Vaccination North-Western Provinces 1866-1877 - 1866-1877
Year: 1866
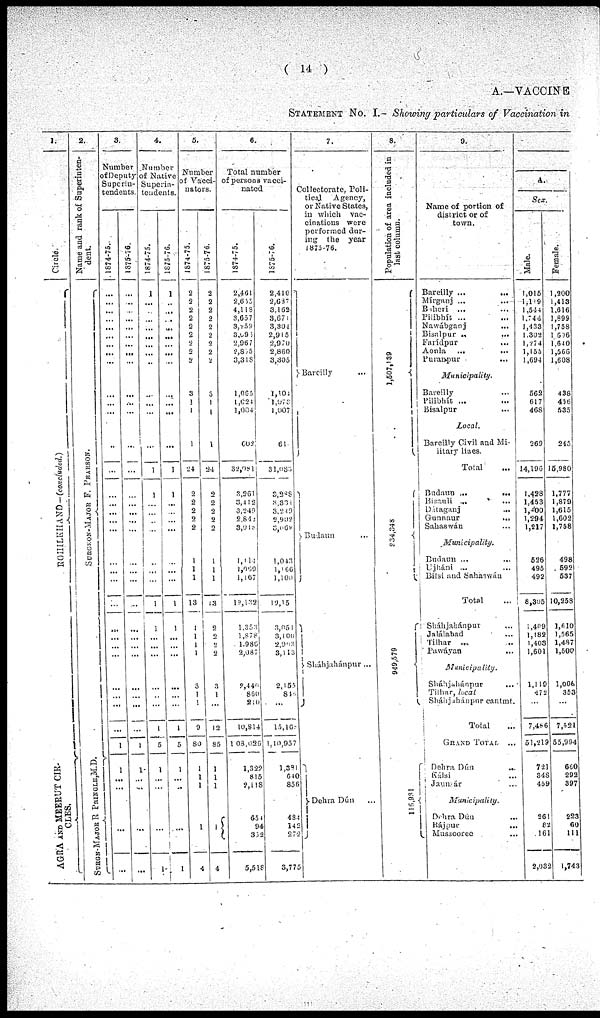
( 14 )
A.— VACCINE
STATEMENT No. I.— Showing particulars of Vaccination in
1.
Circle
ROHILKHUND—
(concluded.)
AGRA AND MEERUT CIR-
CLES.
2.
Name and rank of Superinten-
dent.
SURGEON-MAJOR F. PEARSON.
SURGN-MAJOR R PRINGLE,M.D.
3.
Number
of Deputy
Superin-
tendents.
1874-75.
...
...
...
...
...
...
...
...
...
...
...
...
...
...
...
...
...
...
...
...
...
...
...
...
...
...
...
...
...
...
...
1
1
...
...
...
...
...
...
1875-76
...
...
...
...
...
...
...
...
...
...
...
...
...
...
...
...
...
...
...
...
...
...
...
...
...
...
...
...
...
...
...
1
1
...
...
...
...
...
...
4.
Number
of Native
Superin¬
tendents.
1874-75.
1
...
...
...
...
...
...
...
...
...
...
...
1
1
...
...
...
...
...
...
...
1
1
...
...
...
...
...
...
1
5
1
...
...
...
...
...
1
1875-76.
1
...
...
...
...
...
...
...
...
...
...
...
...
1
1
...
...
...
...
...
...
...
1
1
...
...
...
...
...
...
1
5
1
... ...
...
...
...
1
5.
Number
of Vacci¬
nators.
1874-75.
2
2
2
2
2
2
2
2
2
3
1
1
1
24
2
2
2
2
2
1
1
1
13
1
1
1
1
3
1
1
9
80
1
1
1
...
1
...
4
1875-76.
2
2
2
2
2
2
2
2
2
3
1
1
1
24
2
2
2
2
2
1
1
1
13
2
2
2
2
3
1
...
12
85
1
1
1
...
1
...
4
6.
Total number
of persons vacci-
nated.
1874-75.
2,461
2,655
4,118
3,657
3,259
3,096
2,967
2,865
3,318
1,065
1,024
1,004
602
32,081
3,261
3,452
3,249
2,842
3,018
1,114
1,069
1,167
19,132
1,353
1,878
1,986
2,087
2,440
860
210
10,814
1,08,026
1,322
815
2,118
654
94
352
5,518
1875-76.
2,410
2,637
3,162
3,671
3,304
2,915
2,970
2,860
3,305
1,104
1,078
1,007
61
31,083
3,288
3,334
3,249
2,902
3,069
1,043
1,166
1,100
19,151
3,051
3,100
2,903
3,113
2,155
816
...
15,168
1,10,957
1,381
640
856
484
142
272
3,775
7.
Collectorate, Poli¬
tical Agency,
or Native States,
in which vac-
cinations were
performed dur-
ing the year
1875-76.
Bareilly ..
Budaun ...
Sháhjahánpur ...
Dehra
Dún ...
8.
Population of area included in
last column.
1,507,139
934,348
949,579
116,931
9.
Name of portion of
district or of
town.
Bareilly ...
...
Mírganj ...
...
Baheri ... ...
Pilibhít ... ...
Nawábganj
... ...
Bisalpur ... ...
Farídpur ... ...
Aonla ...
...
Puranpur ... ...
Municipality.
Bareilly ... ...
Pilibhít ... ...
Bisalpur ... ...
Local.
Bareilly Civil and Mi-
litary lines.
Total
...
Budaun
...
...
Bisauli
...
...
Dataganj ... ...
Gunnaur
...
...
Sahaswán ... ...
Municipality,
Budaun ...
...
Ujháni ... ...
Bilsi and Sahaswán ...
Total ...
Sháhjahánpur ... ...
Jalálabad ... ...
Tilhar ... ...
Pawáyan ... ...
Municipality.
Sháhjahánpur ... ...
Tilhar, local
Sháhjahánpur cantmt.
Total ...
GRAND TOTAL ...
Dehra Dún
...
Kálsi ...
Jaunsár ...
Municipality.
Dehra Dún ...
Rájpur ...
Mussooree ...
A.
Sex.
Male.
1,015
1,119
1,544
1,744
1,433
1,302
1,274
1,155
1,694
562
617
468
269
14,196
1,428
1,453
1,400
1,294
1,217
526
495
492
8,305
1,409
1,182
1,403
1,601
1,119
472
...
7,486
51,219
721
348
459
261
82
161
2,032
Female.
1,200
1,413
1,616
1,899
1,758
1,606
1,640
1,566
1,608
438
456
535
245
15,980
1,777
1,879
1,615
1,602
1,758
498
592
537
10,258
3,610
1,565
1,487
1,500
1,006
353
...
7,521
55,994
660
292
397
223
60
111
1,743